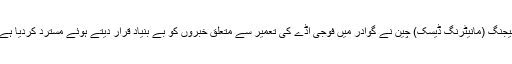
بیجنگ (مانیٹرنگ ڈیسک) چین نے گوادر میں فوجی اڈے کی تعمیر سے متعلق خبروں کو بے بنیاد قرار دیتے ہوئے مسترد کردیا ہے۔